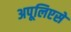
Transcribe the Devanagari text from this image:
अपूलिएसे